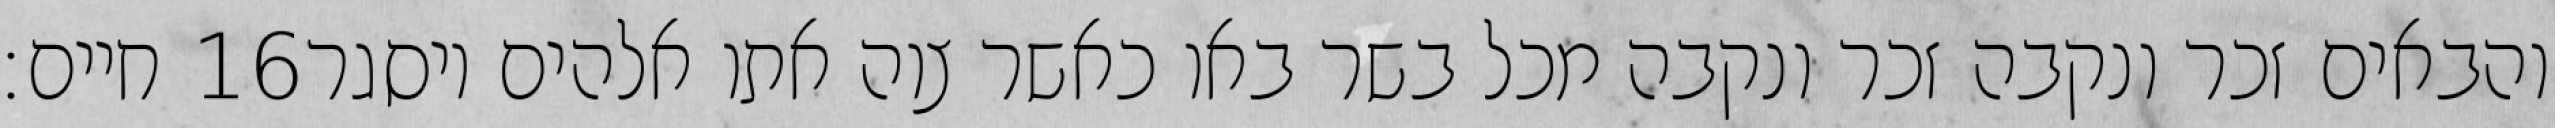
חיים׃ ‎16‏ והבאים זכר ונקבה זכר ונקבה מכל בשר באו כאשר צוה אתו אלהים ויסגר